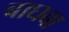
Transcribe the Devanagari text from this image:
बाघबा